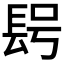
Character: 𨱭